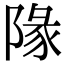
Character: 䧘